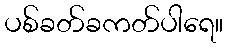
ပစ်ခတ်ခကတ်ပါရေ။